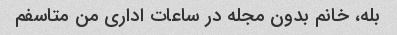
بله، خانم بدون مجله در ساعات اداری من متاسفم